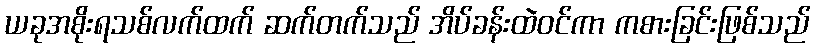
ယခုအစိုးရသစ်လက်ထက် ဆက်တက်သည် အိပ်ခန်းထဲဝင်ကာ ကစားခြင်းဖြစ်သည်